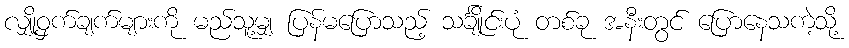
လျှို့ဝှက်ချက်များကို မည်သူ့မျှ ပြန်မပြောသည့် သင်္ချိုင်းပုံ တစ်ခု အနီးတွင် ပြောနေသကဲ့သို့